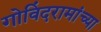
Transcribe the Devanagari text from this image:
गोविंदरामांच्या